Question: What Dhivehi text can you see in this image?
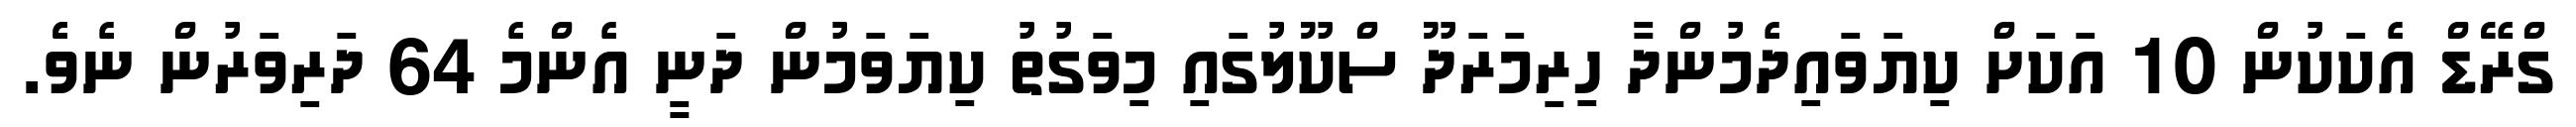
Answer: ގްރޭޑް އެކަކުން 10 އަކަށް ކިޔަވައިދެމުންދާ ހިރިމަރަދޫ ސްކޫލުގައި މިވަގުތު ކިޔަވަމުން ދަނީ އެންމެ 64 ދަރިވަރުން ނެވެެ.